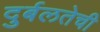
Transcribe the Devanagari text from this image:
दुर्बलतेची